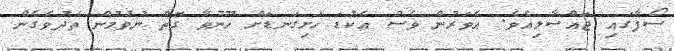
ސޯފާގައި ޖައްސާލިއެވެ. އެވަރުން ވެސް އެކުޑަ ހަށިގަނޑަށް ހޫނުވާ ގޮތް ނުވުމުން ތެދުވެގެން